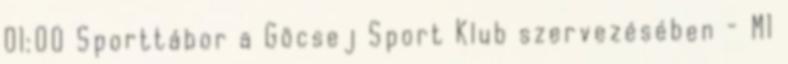
01:00 Sporttábor a Göcsej Sport Klub szervezésében - M1